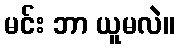
မင်း ဘာ ယူမလဲ။